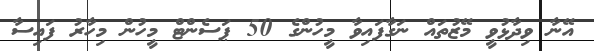
އޭނާ ވިދާޅުވީ މޭޒުތައް ނަގާފައިވާ މީހުންގެ 50 ޕަސެންޓް މީހުން މިހާރު ފައިސާ